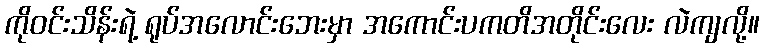
ကိုဝင်းသိန်းရဲ့ ရုပ်အလောင်းဘေးမှာ အကောင်းပကတိအတိုင်းလေး လဲကျလို့။